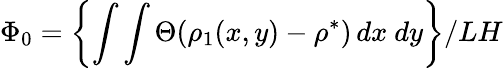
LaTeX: \Phi_{0}=\left\{ \int\int\Theta(\rho_{1}(x,y)-\rho^{*})\, dx\ dy\right\} /LH